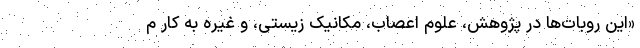
«این روبات‌ها در پژوهش، علوم اعصاب، مکانیک زیستی، و غیره به کار م